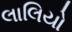
લાલિયો